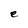
Character: e